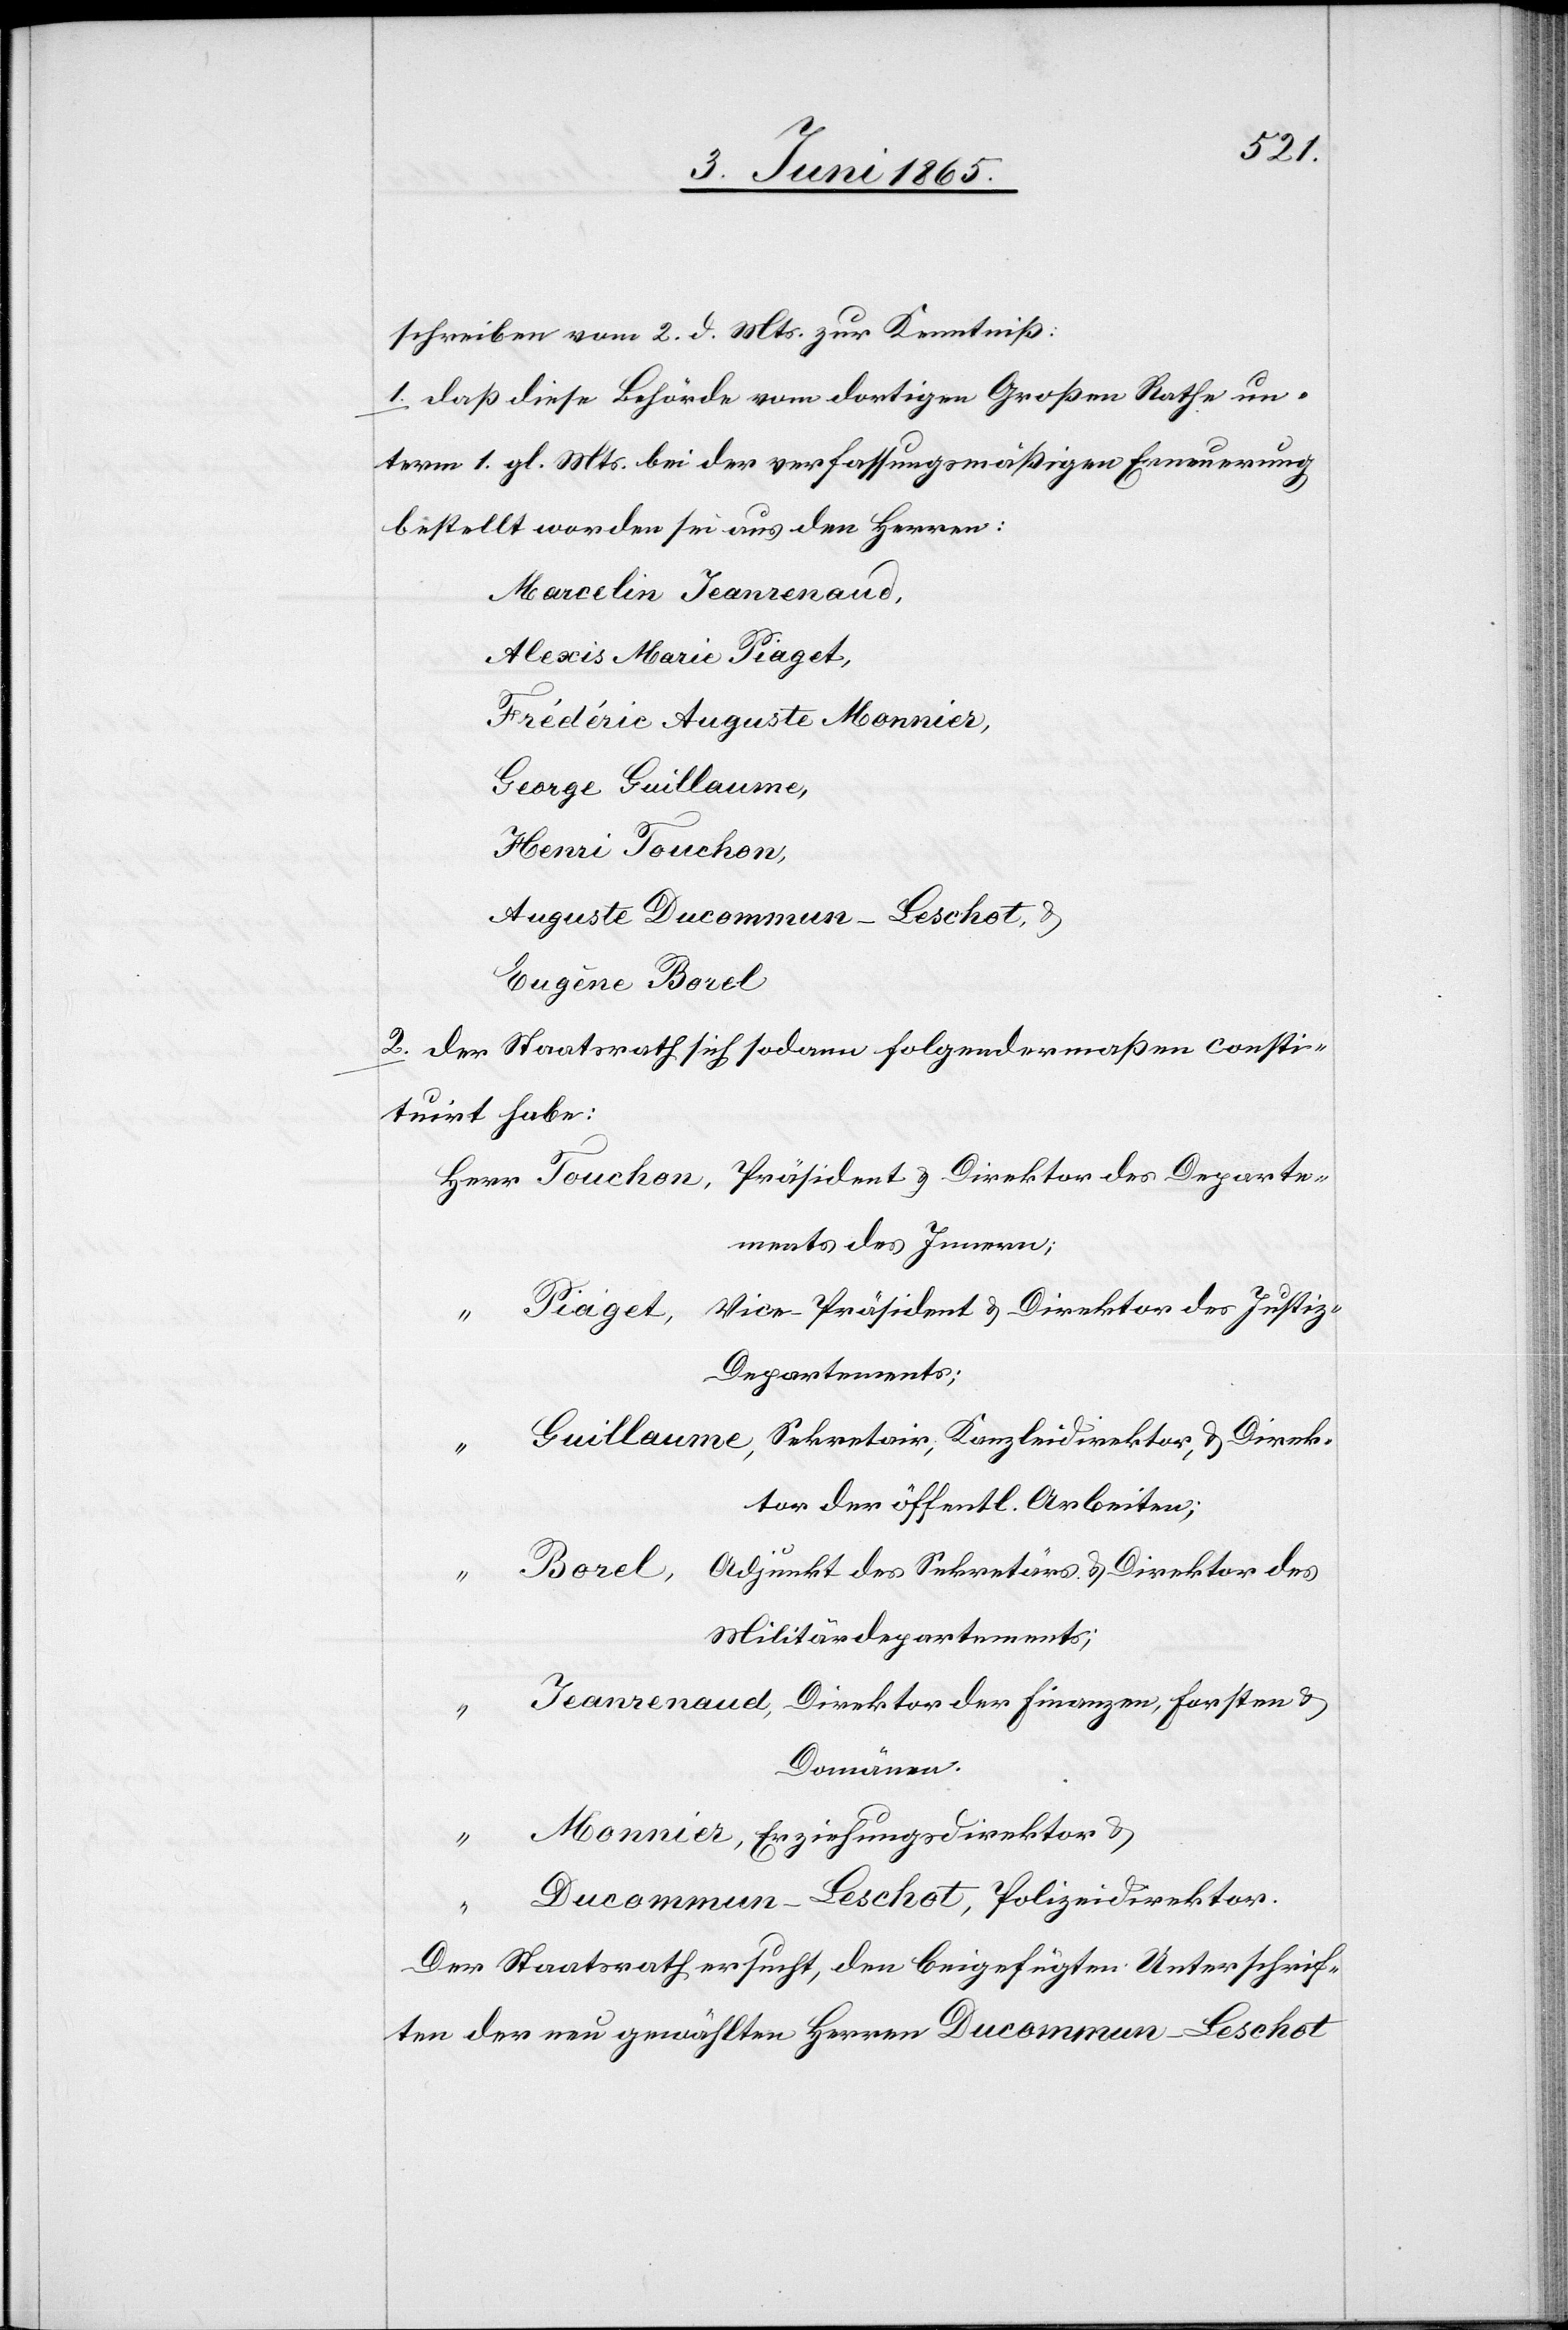
schreiben vom 2. d. Mts. zur Kenntniß:
1. Daß diese Behörde vom dortigen Großen Rathe un¬
term 1. gl. Mts. bei der verfassungsmäßigen Erneuerung
bestellt worden sei aus den Herren:
Marcelin Jeanrenaud,
Alexis Marie Piaget,
George Guillaume,
Herr Touchon,
Auguste Ducommun-Leschot, &
2. Der Staatsrath sich sodann folgendermaßen consti¬
tuirt habe:
Präsident & Direktor des Departe¬
ments des Innern;
Vice-Präsident & Direktor des Justiz-D¬
“ Piaget,
epartements;
“ Guillaume, Sekretair, Kanzleidirektor, & Direk¬
tor der öffentl. Arbeiten;
“ Borel, Adjunkt des Sekretärs & Direktor des
Militärdepartements;
Jeanrenaud, Direktor der Finanzen, Forsten &
Domänen.
Monnier, Erziehungsdirektor &
Ducommun-Leschot, Polizeidirektor.
Eugène Borel
Der Staatsrath ersucht, den beigefügten Unterschrif¬
ten der neu gewählten Herren Ducommun-Lescot